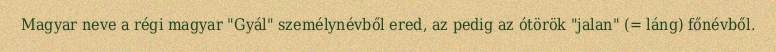
Magyar neve a régi magyar "Gyál" személynévből ered, az pedig az ótörök "jalan" (= láng) főnévből.